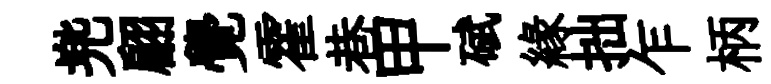
兠翩覺霍巷甲碔縁拙乍柄